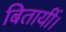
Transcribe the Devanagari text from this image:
बितायीं।